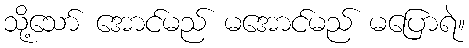
သို့သော် အောင်မည် မအောင်မည် မပြောရဲ။